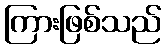
ကြားဖြစ်သည်